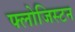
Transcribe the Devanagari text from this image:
फ्लोजिस्टन